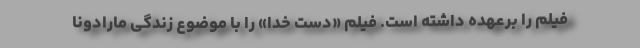
فیلم را برعهده داشته است. فیلم «دست خدا» را با موضوع زندگی مارادونا